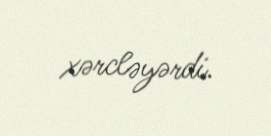
xərcləyərdi.